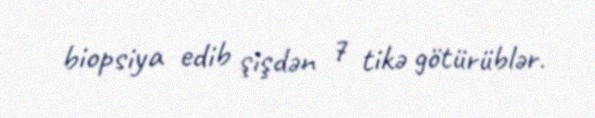
biopsiya edib şişdən 7 tikə götürüblər.